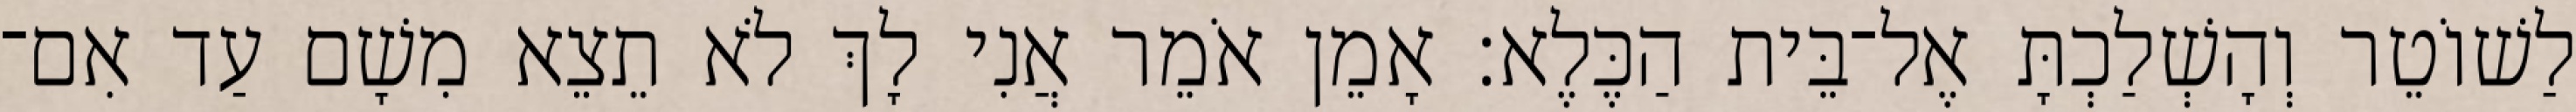
לַשׁוֹטֵר וְהָשְׁלַכְתָּ אֶל־בֵּית הַכֶּלֶא׃ אָמֵן אֹמֵר אֲנִי לָךְ לֹא תֵצֵא מִשָׁם עַד אִם־